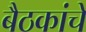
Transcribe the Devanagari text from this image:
बैठकांचे